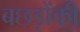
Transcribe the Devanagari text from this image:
बछड़ोंकी